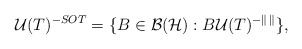
\begin{align*}\mathcal{U}(T)^{-SOT}=\{B\in \mathcal{B(H)}:B\mathcal{U}(T)^{-\|\,\|}\},\end{align*}